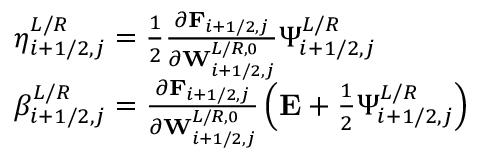
\begin{array} { r l } & { \eta _ { i + 1 / 2 , j } ^ { L / R } = \frac { 1 } { 2 } \frac { \partial \mathbf { F } _ { i + 1 / 2 , j } } { \partial \mathbf { W } _ { i + 1 / 2 , j } ^ { L / R , 0 } } \Psi _ { i + 1 / 2 , j } ^ { L / R } } \\ & { \beta _ { i + 1 / 2 , j } ^ { L / R } = \frac { \partial \mathbf { F } _ { i + 1 / 2 , j } } { \partial \mathbf { W } _ { i + 1 / 2 , j } ^ { L / R , 0 } } \left( \mathbf { E } + \frac { 1 } { 2 } \Psi _ { i + 1 / 2 , j } ^ { L / R } \right) } \end{array}